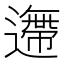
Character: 𨗼